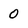
Character: 0